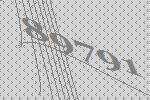
89791